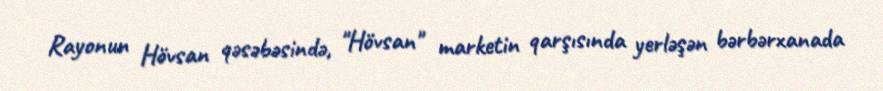
Rayonun Hövsan qəsəbəsində, "Hövsan" marketin qarşısında yerləşən bərbərxanada